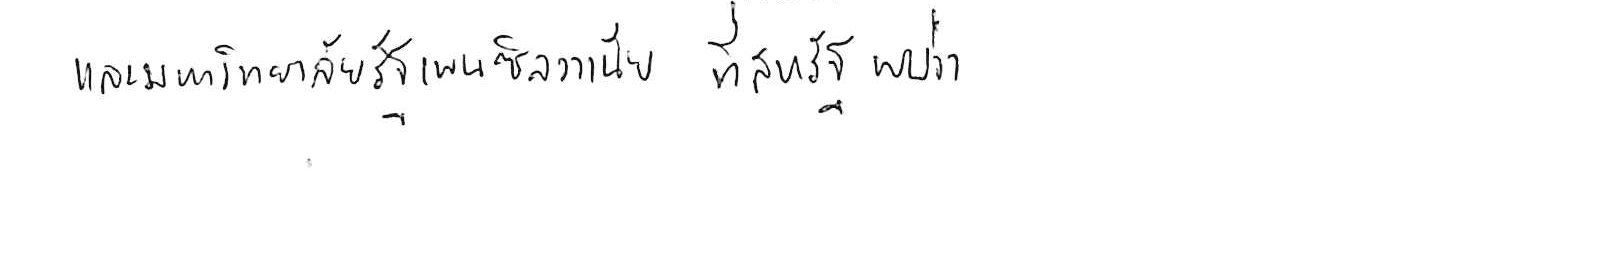
และมหาวิทยาลัยรัฐเพนซิลวาเนีย ที่สหรัฐ พบว่า